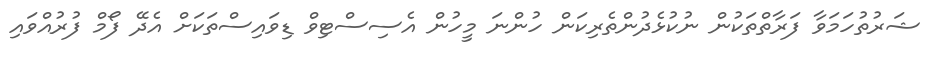
ޝަރުތުހަމަވާ ފަރާތްތަކުން ނުކުޅެދުންތެރިކަން ހުންނަ މީހުން އެސިސްޓިވް ޑިވައިސްތަކަށް އެދޭ ފޯމް ފުރުއްވައި